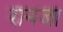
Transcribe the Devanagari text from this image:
रानजा